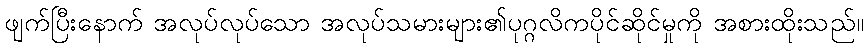
ဖျက်ပြီးနောက် အလုပ်လုပ်သော အလုပ်သမားများ၏ပုဂ္ဂလိကပိုင်ဆိုင်မှုကို အစားထိုးသည်။